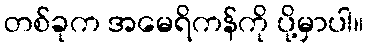
တစ်ခုက အမေရိကန်ကို ပို့မှာပါ။